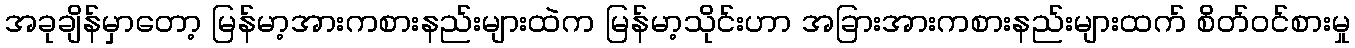
အခုချိန်မှာတော့ မြန်မာ့အားကစားနည်းများထဲက မြန်မာ့သိုင်းဟာ အခြားအားကစားနည်းများထက် စိတ်ဝင်စားမှု